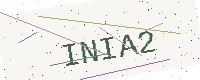
Text: INIA2